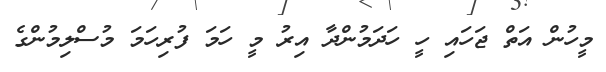
މީހުން އަތް ޖަހައި ހީ ހަދަމުންދާ އިރު މީ ހަމަ ފުރިހަމަ މުސްލިމުންގެ